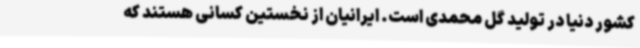
کشور دنیا در تولید گل محمدی است. ایرانیان از نخستین کسانی هستند که